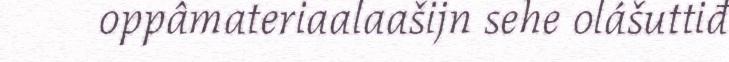
oppâmateriaalaašijn sehe olášuttiđ